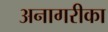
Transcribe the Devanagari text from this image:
अनागरीका